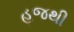
હજથી